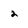
Character: 2